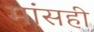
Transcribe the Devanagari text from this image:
मांसही